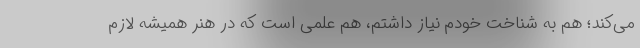
می‌کند؛ هم به شناخت خودم نیاز داشتم، هم علمی است که در هنر همیشه لازم